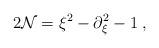
LaTeX: \begin{align*}2{\cal N}=\xi ^{2}-\partial _{\xi }^{2}-1\;, \end{align*}